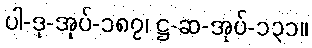
ပါ-ဒု-အုပ်-၁၈၇၊ ဋ္ဌ-ဆ-အုပ်-၁၃၁။